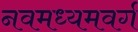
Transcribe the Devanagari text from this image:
नवमध्यमवर्ग